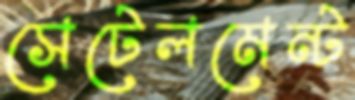
সেটেলমেন্ট